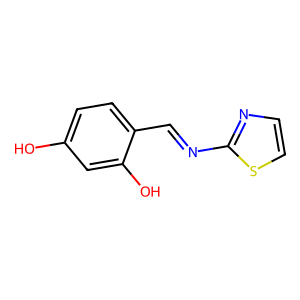
SMILES: Oc1ccc(C=Nc2nccs2)c(O)c1
Inhibits HIV replication: No